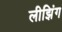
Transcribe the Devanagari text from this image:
लीझिंग